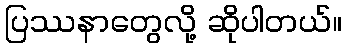
ပြဿနာတွေလို့ ဆိုပါတယ်။